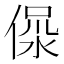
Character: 𣶚